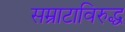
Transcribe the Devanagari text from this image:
सम्राटाविरुद्ध